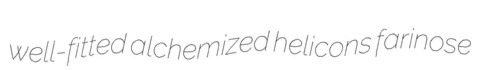
well-fitted alchemized helicons farinose